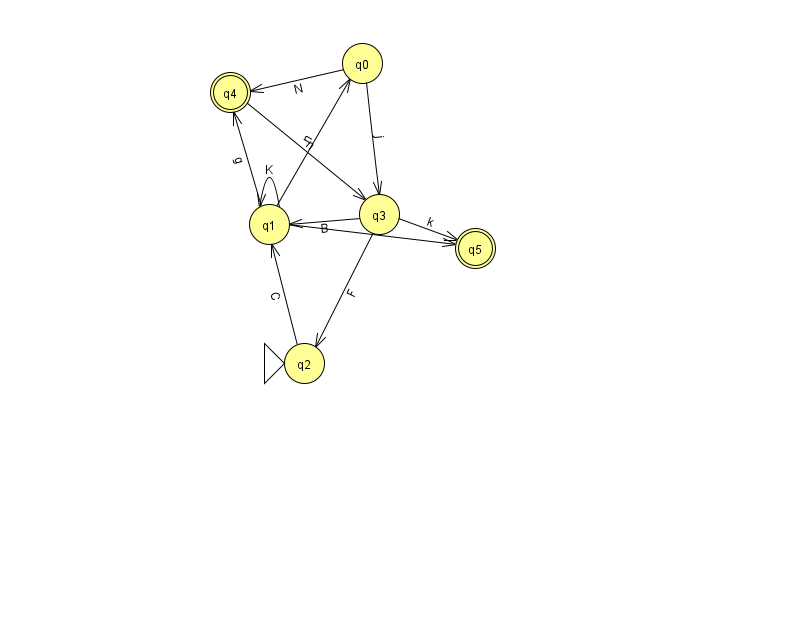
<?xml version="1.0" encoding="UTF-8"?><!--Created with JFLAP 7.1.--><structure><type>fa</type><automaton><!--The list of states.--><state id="0" name="q0"><x>362.0</x><y>50.0</y></state><state id="1" name="q1"><x>269.0</x><y>211.0</y></state><state id="2" name="q2"><x>304.0</x><y>350.0</y><initial/></state><state id="3" name="q3"><x>379.0</x><y>201.0</y></state><state id="4" name="q4"><x>230.0</x><y>79.0</y><final/></state><state id="5" name="q5"><x>475.0</x><y>235.0</y><final/></state><!--The list of transitions.--><transition><from>0</from><to>3</to><read>j</read></transition><transition><from>2</from><to>1</to><read>C</read></transition><transition><from>3</from><to>5</to><read>k</read></transition><transition><from>0</from><to>4</to><read>N</read></transition><transition><from>1</from><to>5</to><read>N</read></transition><transition><from>3</from><to>2</to><read>F</read></transition><transition><from>1</from><to>0</to><read>n</read></transition><transition><from>1</from><to>1</to><read>K</read></transition><transition><from>1</from><to>4</to><read>g</read></transition><transition><from>3</from><to>1</to><read>B</read></transition><transition><from>4</from><to>3</to><read>n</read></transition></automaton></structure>